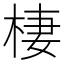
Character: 棲